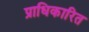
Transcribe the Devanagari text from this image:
प्राधिकारित